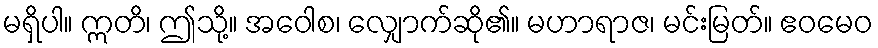
မရှိပါ။ ဣတိ၊ ဤသို့။ အဝေါစ၊ လျှောက်ဆို၏။ မဟာရာဇ၊ မင်းမြတ်။ ဧဝမေဝ